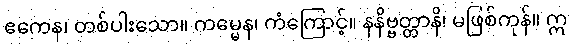
ဧကေန၊ တစ်ပါးသော။ ကမ္မေန၊ ကံကြောင့်။ နနိဗ္ဗတ္တာနိ၊ မဖြစ်ကုန်။ ဣ